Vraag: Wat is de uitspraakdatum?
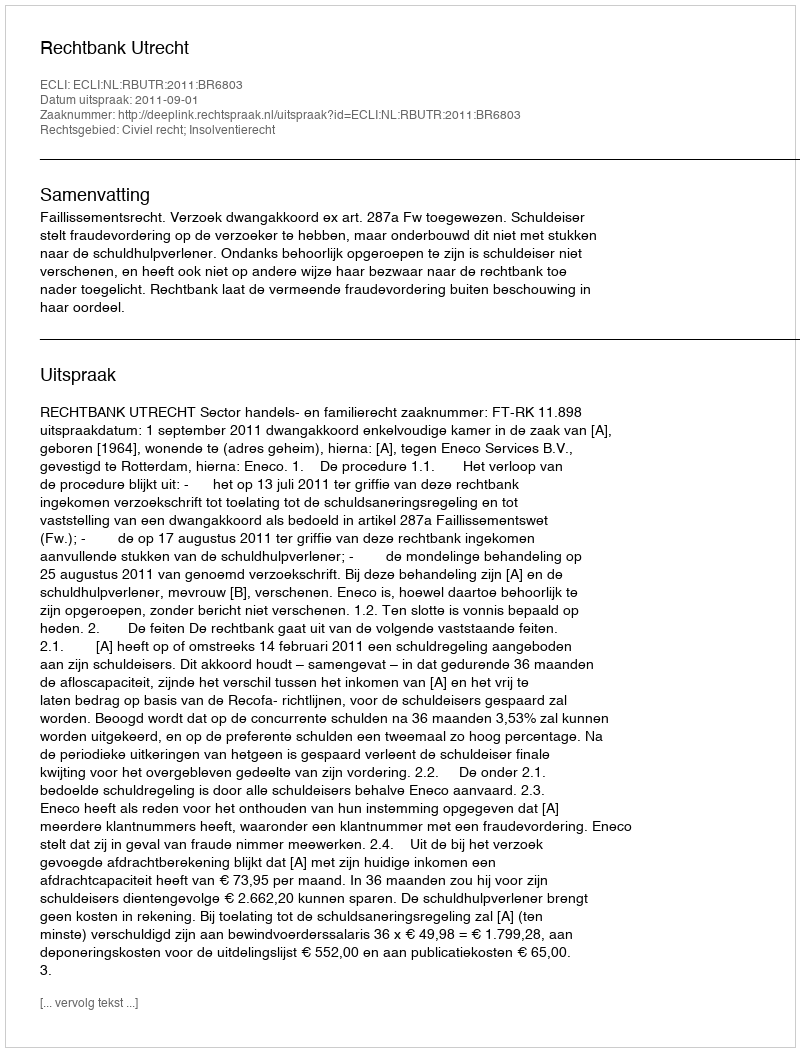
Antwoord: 2011-09-01